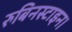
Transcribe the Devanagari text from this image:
रुबिनस्टाइन।